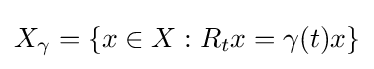
X_{\gamma }=\{x\in X:R_{t}x=\gamma (t)x\}